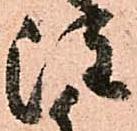
注